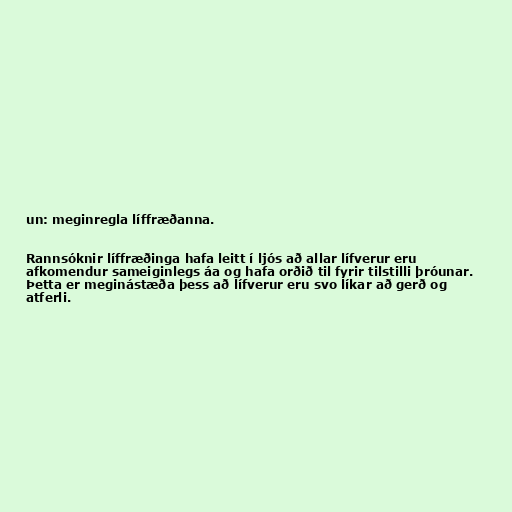
un: meginregla líffræðanna.

Rannsóknir líffræðinga hafa leitt í ljós að allar lífverur eru
afkomendur sameiginlegs áa og hafa orðið til fyrir tilstilli þróunar.
Þetta er meginástæða þess að lífverur eru svo líkar að gerð og
atferli.